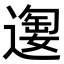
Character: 𫑂